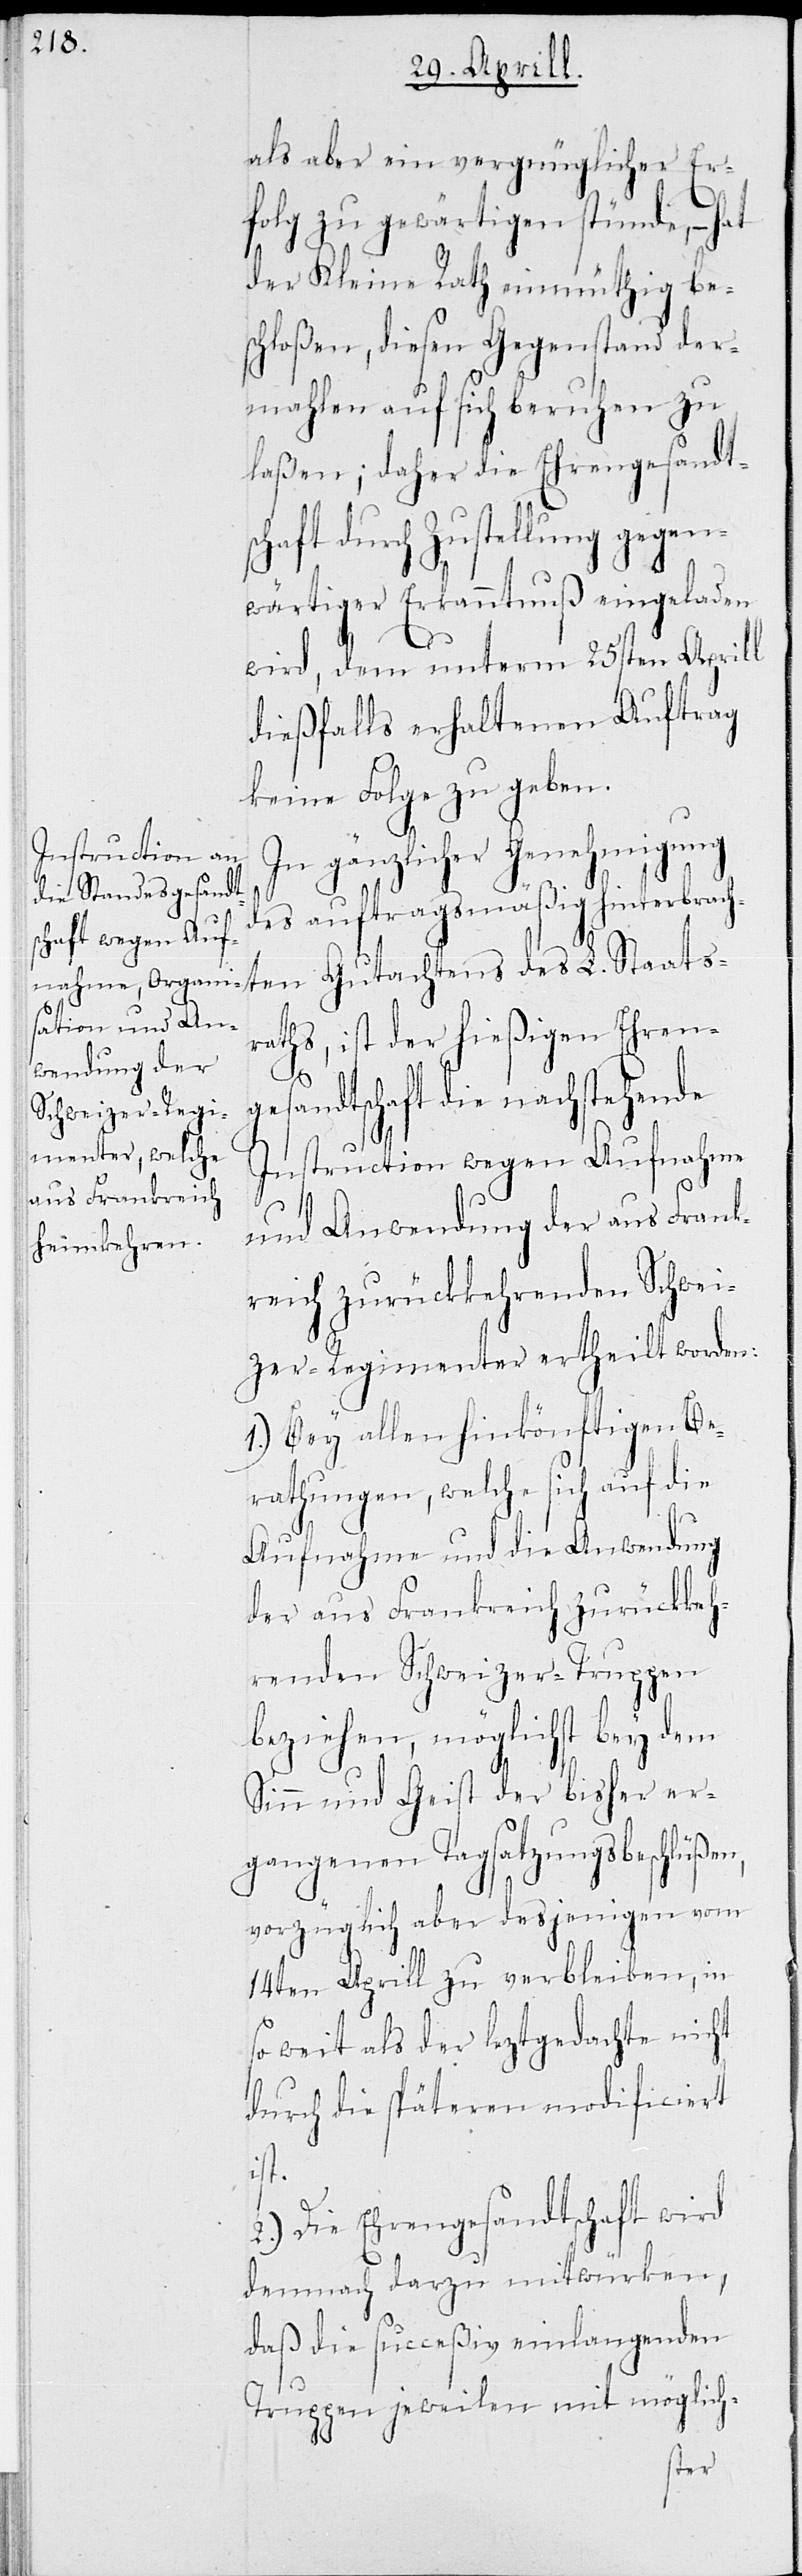
als aber ein vergnüglicher Er¬
folg zu gewärtigen stünde, – hat
der Kleine Rath einmüthig be¬
schloßen, diesen Gegenstand der¬
mahlen auf sich beruhen zu
laßen; daher die Ehrengesandts¬
chaft durch Zustellung gegen¬
atsr¬
wärtiger Erkanntnuß eingeladen
wird, dem unterm 25sten Aprill
dießfalls erhaltenen Auftrag
keine Folge zu geben.
In gänzlicher Genehmigung
des auftragsmäßig hinterbrach¬
aths, ist der hießigen Ehren¬
gesandtschaft die nachstehende
Instruction wegen Aufnahme
und Anwendung der aus Frank¬
reich zurückkehrenden Schwei¬
zer-Regimenter ertheilt worden:
1.) Bey allen hinkönftigen Be¬
rathungen, welche sich auf die
Aufnahme und die Anwendung
der aus Frankreich zurückkeh¬
renden Schweizer-Truppen
beziehen, möglichst bey dem
Sinn und Geist der bisher er¬
gangenen Tagsatzungsbeschlüßen,
vorzüglich aber desjenigen des
14ten Aprill zu verbleiben, in
so weit als der leztgedachte nicht
durch die späteren modificiert
ist.
2.) Die Ehrengesandtschaft wird
demnach darzu mitwürken,
daß die succeßive einlangenden
Truppen jeweilen mit möglich-